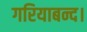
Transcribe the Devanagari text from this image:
गरियाबन्द।